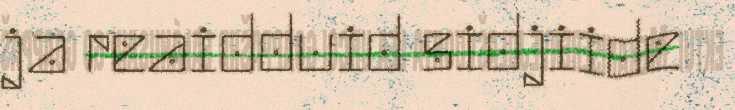
ja reaidduid sidjiide